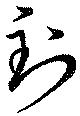
到